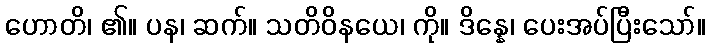
ဟောတိ၊ ၏။ ပန၊ ဆက်။ သတိဝိနယေ၊ ကို။ ဒိန္နေ၊ ပေးအပ်ပြီးသော်။